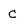
Character: c